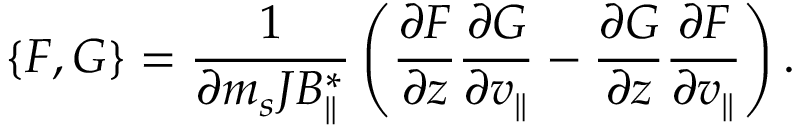
\{ F , G \} = \frac { 1 } { \partial m _ { s } J B _ { \parallel } ^ { * } } \left( \frac { \partial F } { \partial z } \frac { \partial G } { \partial v _ { \parallel } } - \frac { \partial G } { \partial z } \frac { \partial F } { \partial v _ { \parallel } } \right) .